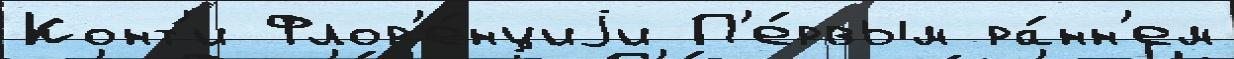
Конт'и Флор'е́нциjи П'е́рвым ра́нн'ем